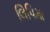
લિપિમા